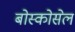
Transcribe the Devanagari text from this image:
बोस्कोसेल